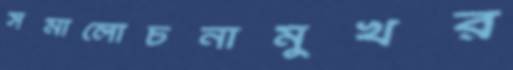
সমালোচনামুখর